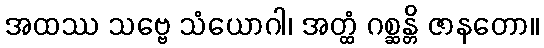
အထဿ သဗ္ဗေ သံယောဂါ၊ အတ္ထံ ဂစ္ဆန္တိ ဇာနတော။